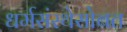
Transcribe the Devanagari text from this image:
धर्मसंस्थेसोबत